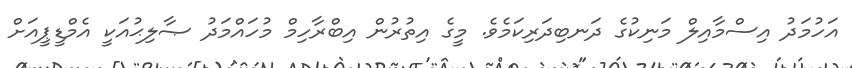
އަހުމަދު އިސްމާއިލް މަނިކުގެ ދަނބިދަރިކަމެވެ. މީގެ އިތުރުން އިބްރާހިމް މުހައްމަދު ޞާލިޙުއަކީ އެމްޑީޕީއަށް